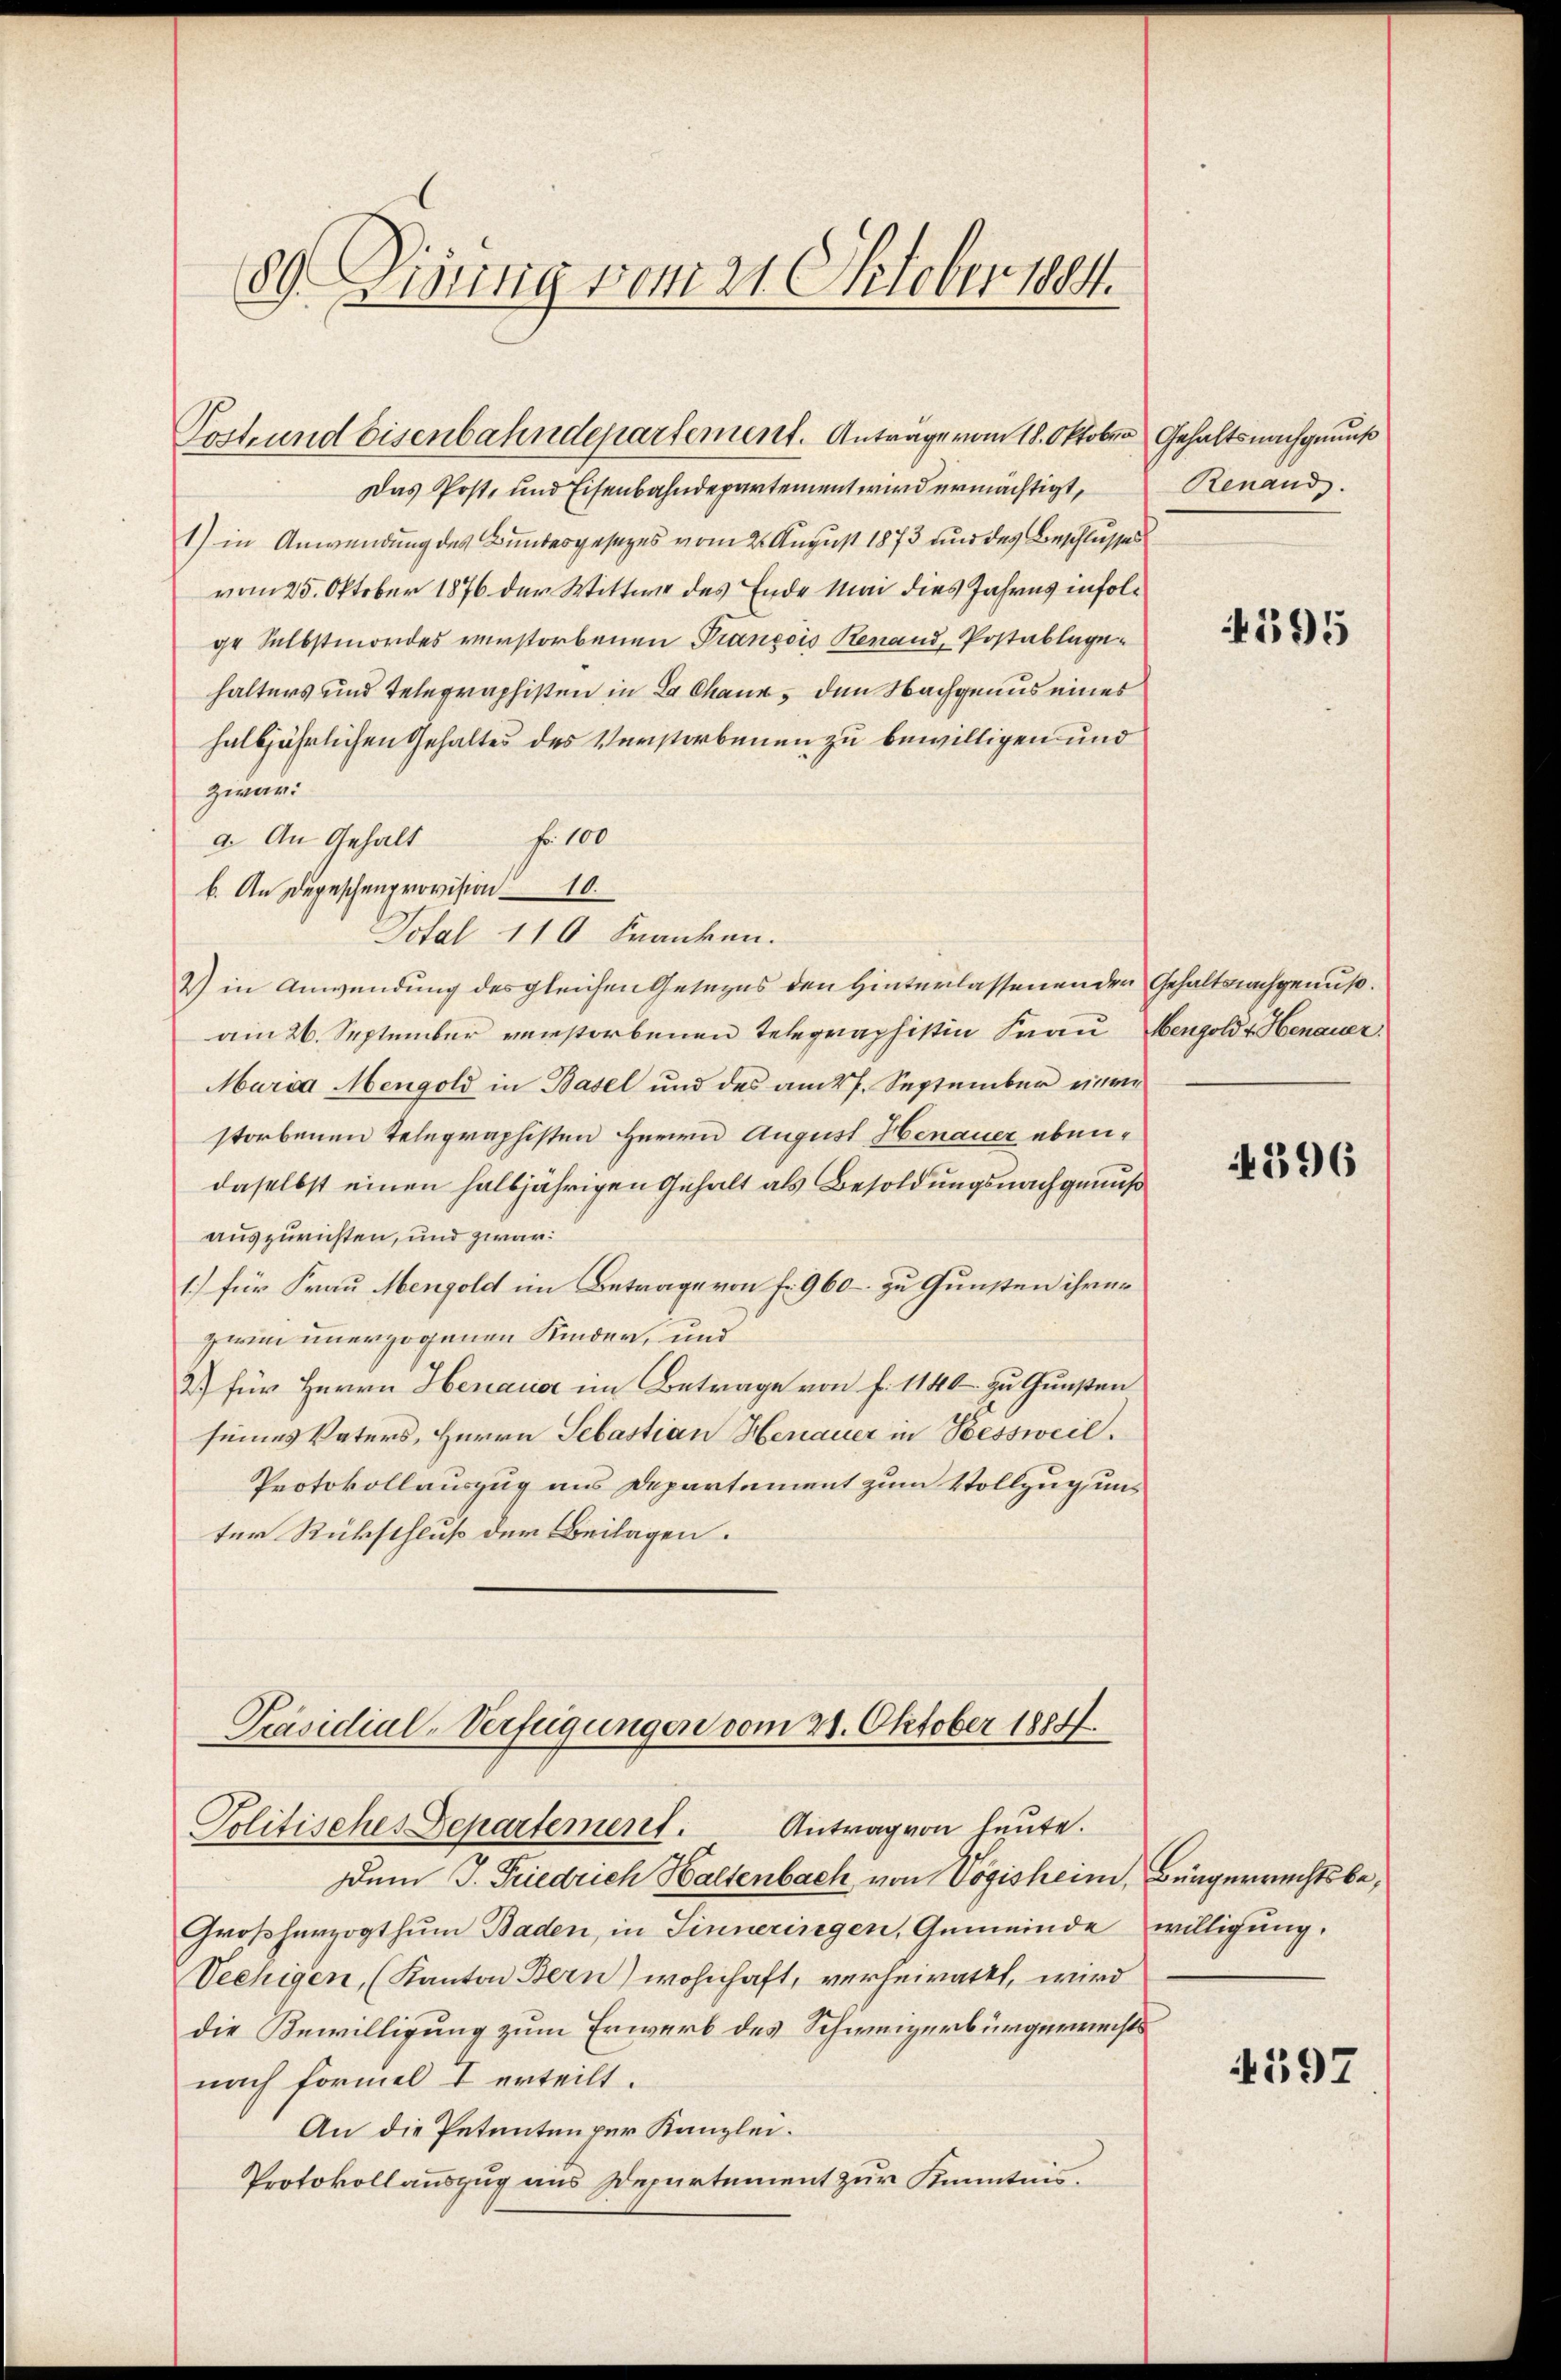
89. Dirung vom 21. Oktober 1894.

Das Post- und Eisenbahndepartement wird ermächtigt,
1) in Anwendung des Bundesgesezes vom 2. August 1873 und des Beschlusses
vom 25. Oktober 1876 der Wittwe des Ende Mai dies Jahres infolge Selbstmordes verstorbenen François Rerand, Postablagehalters und Telegraphisten in La Chaux, den Nachgenus eines
halbjährlichen Gehaltes des Verstorbenen zu bewilligen und
zwar:
a. An Gehalt Fr. 100
b. An Depeschenprovision 10.
Total 110 Franken.
2) in Anwendung des gleichen Gesezes den Hinterlassenen der
am 26. September verstorbenen Telegraphistin Frau
Maria Mengold in Basel und des am 27. September einen
storbenen Telegraphisten Herrn August Henauer ebendaselbst einen halbjährigen Gehalt als Besoldungsnachgenuß
auszurichten, und zwar:
1.) für Frau Mengold im Betrage von fr. 960 – zu Gunsten ihrer
zwei unerzogenen Kinder, und
2) für Herrn Henauer im Betrage von f. 1140 zu Gunsten
seines Vaters, Herrn Sebastian Henauer in Bessweil.
Protokollauszug aus Departement zum Vollzug uns
ter Rückschluß der Beilagen.
Präsidial-Verfügungen vom 21. Oktober 1884.
Politisches Departement. Antrag von heute.
Dem J. Friedrich Haltenbach, von Vogisheim, Bürgerrechtsbe¬
Großherzogthum Baden, in Sinneringen, Gemeinde willigung.
Veehigen, (Kanton Bern) wohnhaft, verheiratet, wird
die Bewilligung zum Erwerb des Schweizerbürgerrechts
nach formel I erteilt.
An die Petenten per Kanzlei.
Protokollauszug aus Departement zur Kenntnis.

Post und Eisenbahndepartement. Anträge vom 18. Oktober Gehalts nachgenuß

Renand.

595

Gehaltsnachgenuß.
Bengold v. Henauer.

4396

597